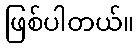
ဖြစ်ပါတယ်။